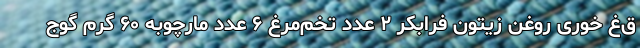
ق‌غ خوری روغن زیتون فرابکر ۲ عدد تخم‌مرغ ۶ عدد مارچوبه ۶۰ گرم گوج